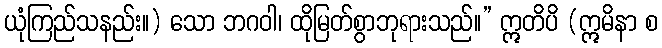
ယုံကြည်သနည်း။) သော ဘဂဝါ၊ ထိုမြတ်စွာဘုရားသည်။” ဣတိပိ (ဣမိနာ စ